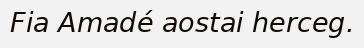
Fia Amadé aostai herceg.